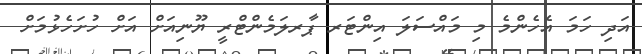
އަދި ހަމަ އެހެންމެ މި މައްސަލަ އިންޓަރ ޕާރލަމެންޓްރީ ޔޫނިއަށް އަށް ހުށަހެޅުމަށް